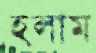
হলাম